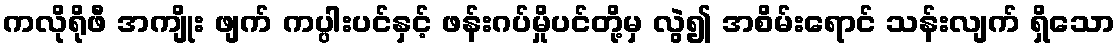
ကလိုရိုဖီ အကျိုး ဖျက် ကပ္ပါးပင်နှင့် ဖန်းဂပ်မှိုပင်တို့မှ လွဲ၍ အစိမ်းရောင် သန်းလျက် ရှိသော